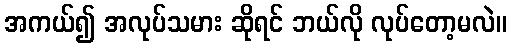
အကယ်၍ အလုပ်သမား ဆိုရင် ဘယ်လို လုပ်တော့မလဲ။